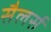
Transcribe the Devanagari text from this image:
सैलर्स